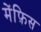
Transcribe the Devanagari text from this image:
मेंफ़िस